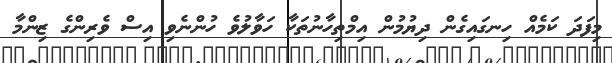
މިފަދަ ކަމެއް ހިނގައިގެން ދިޔުމުން އިމްތިހާނުތަކާ ހަވާލުވެ ހުންނެވި އިސް ވެރިންގެ ޒިންމާ